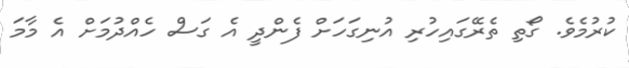
ކުރުމެވެ. ގޯތި ތެރޭގައިހުރި އުނިގަހަށް ފެންދީ އެ ގަސް ހެއްދުމަށް އެ މާމަ